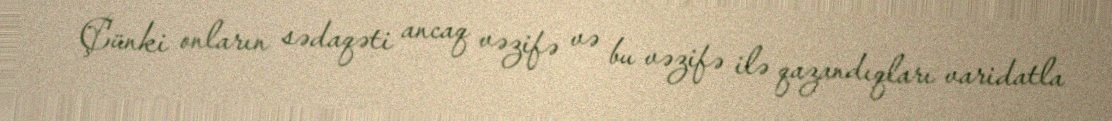
Çünki onların sədaqəti ancaq vəzifə və bu vəzifə ilə qazandıqları varidatla